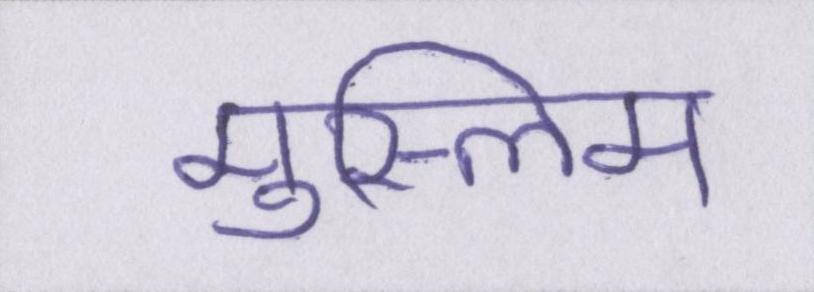
मुस्लिम